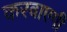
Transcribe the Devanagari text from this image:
करवाएगी